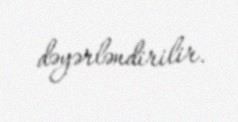
dəyərləndirilir.